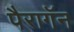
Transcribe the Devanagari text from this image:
पैरागॅन